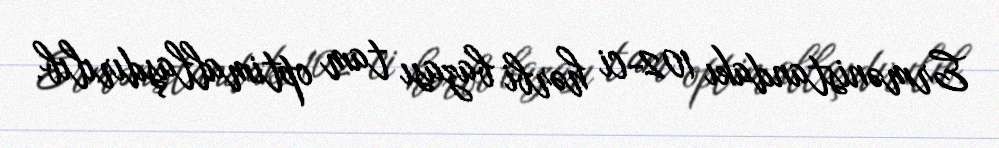
Ermənistandakı 102-ci hərbi bazası tam optimallaşdırılıb.